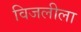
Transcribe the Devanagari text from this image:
विजलीला